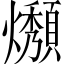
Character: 𤒟